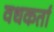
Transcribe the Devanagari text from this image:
वधकर्ता